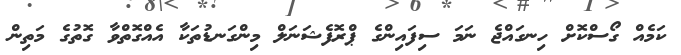
ކަމެއް ގޯސްކޮށް ހިނގައްޖެ ނަމަ ސިފައިންގެ ޕްރޮފެޝަނަލް މިންގަނޑުތަކާ އެއްގޮތްވާ ގޮތުގެ މަތިން